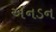
અનડન